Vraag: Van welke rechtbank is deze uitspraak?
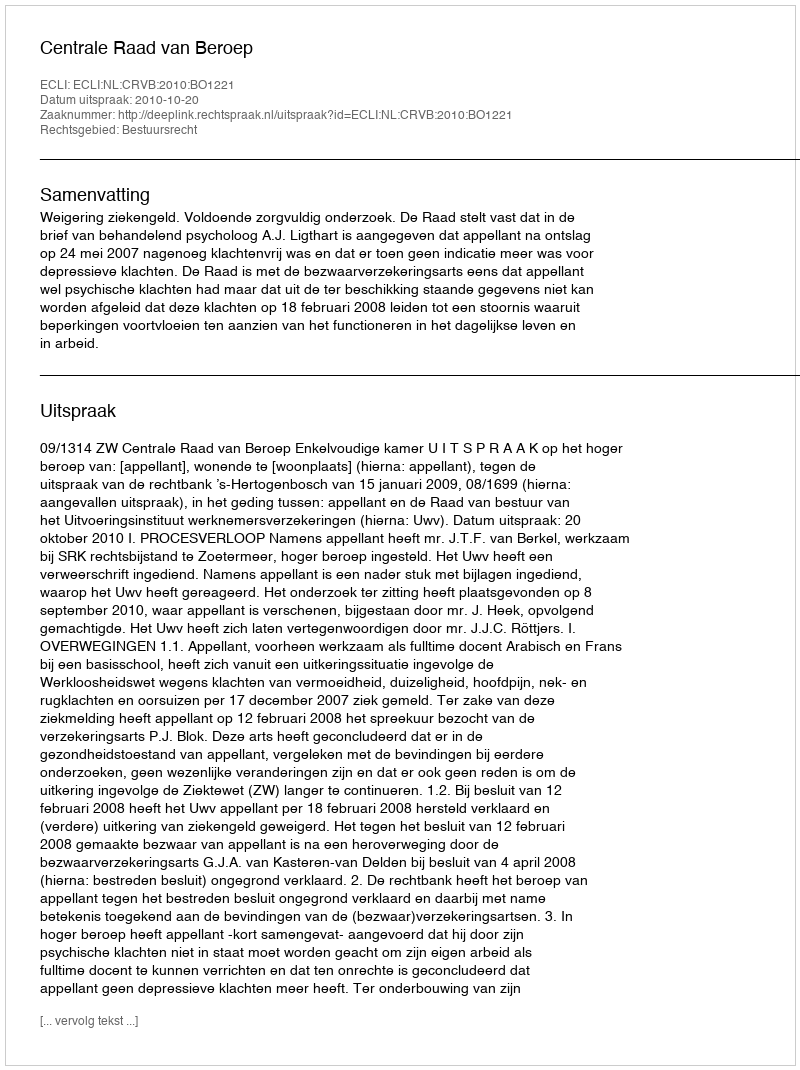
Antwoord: Centrale Raad van Beroep